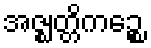
အဇ္ဈတ္တိကဉ္စေ